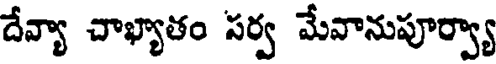
దేవ్యా చాఖ్యాతం సర్వ మేవానుపూర్వ్యా